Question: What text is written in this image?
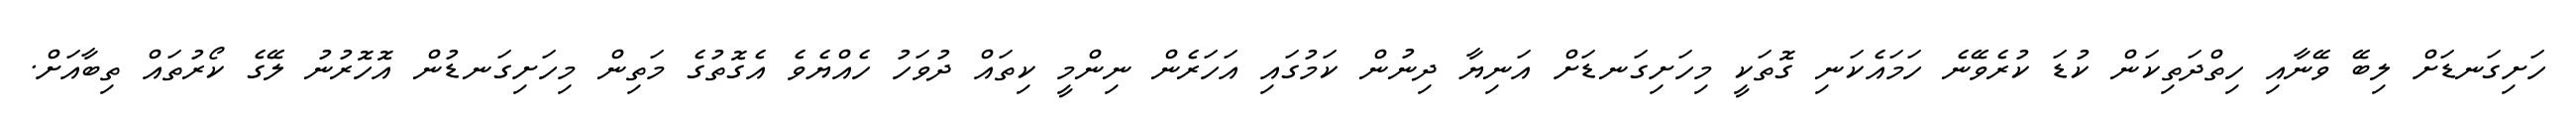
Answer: ހަށިގަނޑަށް ލިބޭ ވޭނާއި ހިތްދަތިކަން ކުޑަ ކުރެވޭނެ ހަމައެކަނި ގޮތަކީ މިހަށިގަނޑަށް އަނިޔާ ދިނުން ކަމުގައި އަހަރެން ނިންމީ ކިތައް ދުވަހު ހެއްޔެވެ އެގޮތުގެ މަތިން މިހަށިގަނޑުން އޮހޮރުނު ލޭގެ ކޯރުތައް ތިބާއަށް.